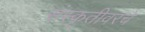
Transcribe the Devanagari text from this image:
संस्कृतीवरचे